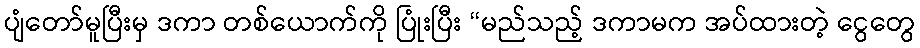
ပျံတော်မူပြီးမှ ဒကာ တစ်ယောက်ကို ပြုံးပြီး “မည်သည့် ဒကာမက အပ်ထားတဲ့ ငွေတွေ